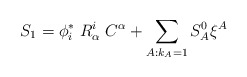
\begin{align*}S_1= \phi^*_i\;R^i_{\alpha}\;C^{\alpha} +\sum_{A:k_A=1}S_A^0\xi^A\end{align*}